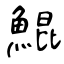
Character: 鯤